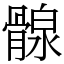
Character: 𩩺